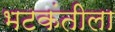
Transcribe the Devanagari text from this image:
भटकंतीला